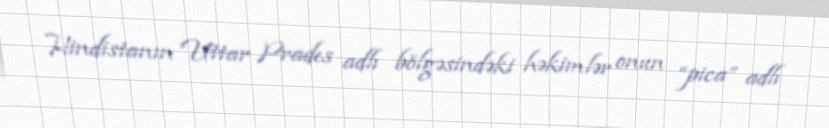
Hindistanın Uttar Prades adlı bölgəsindəki həkimlər onun “pica” adlı